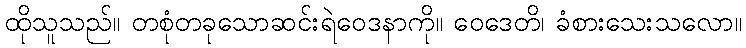
ထိုသူသည်။ တစုံတခုသောဆင်းရဲဝေဒနာကို။ ဝေဒေတိ၊ ခံစားသေးသလော။